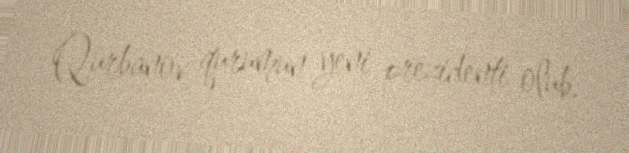
Qurbanov qurumun yeni prezidenti olub.